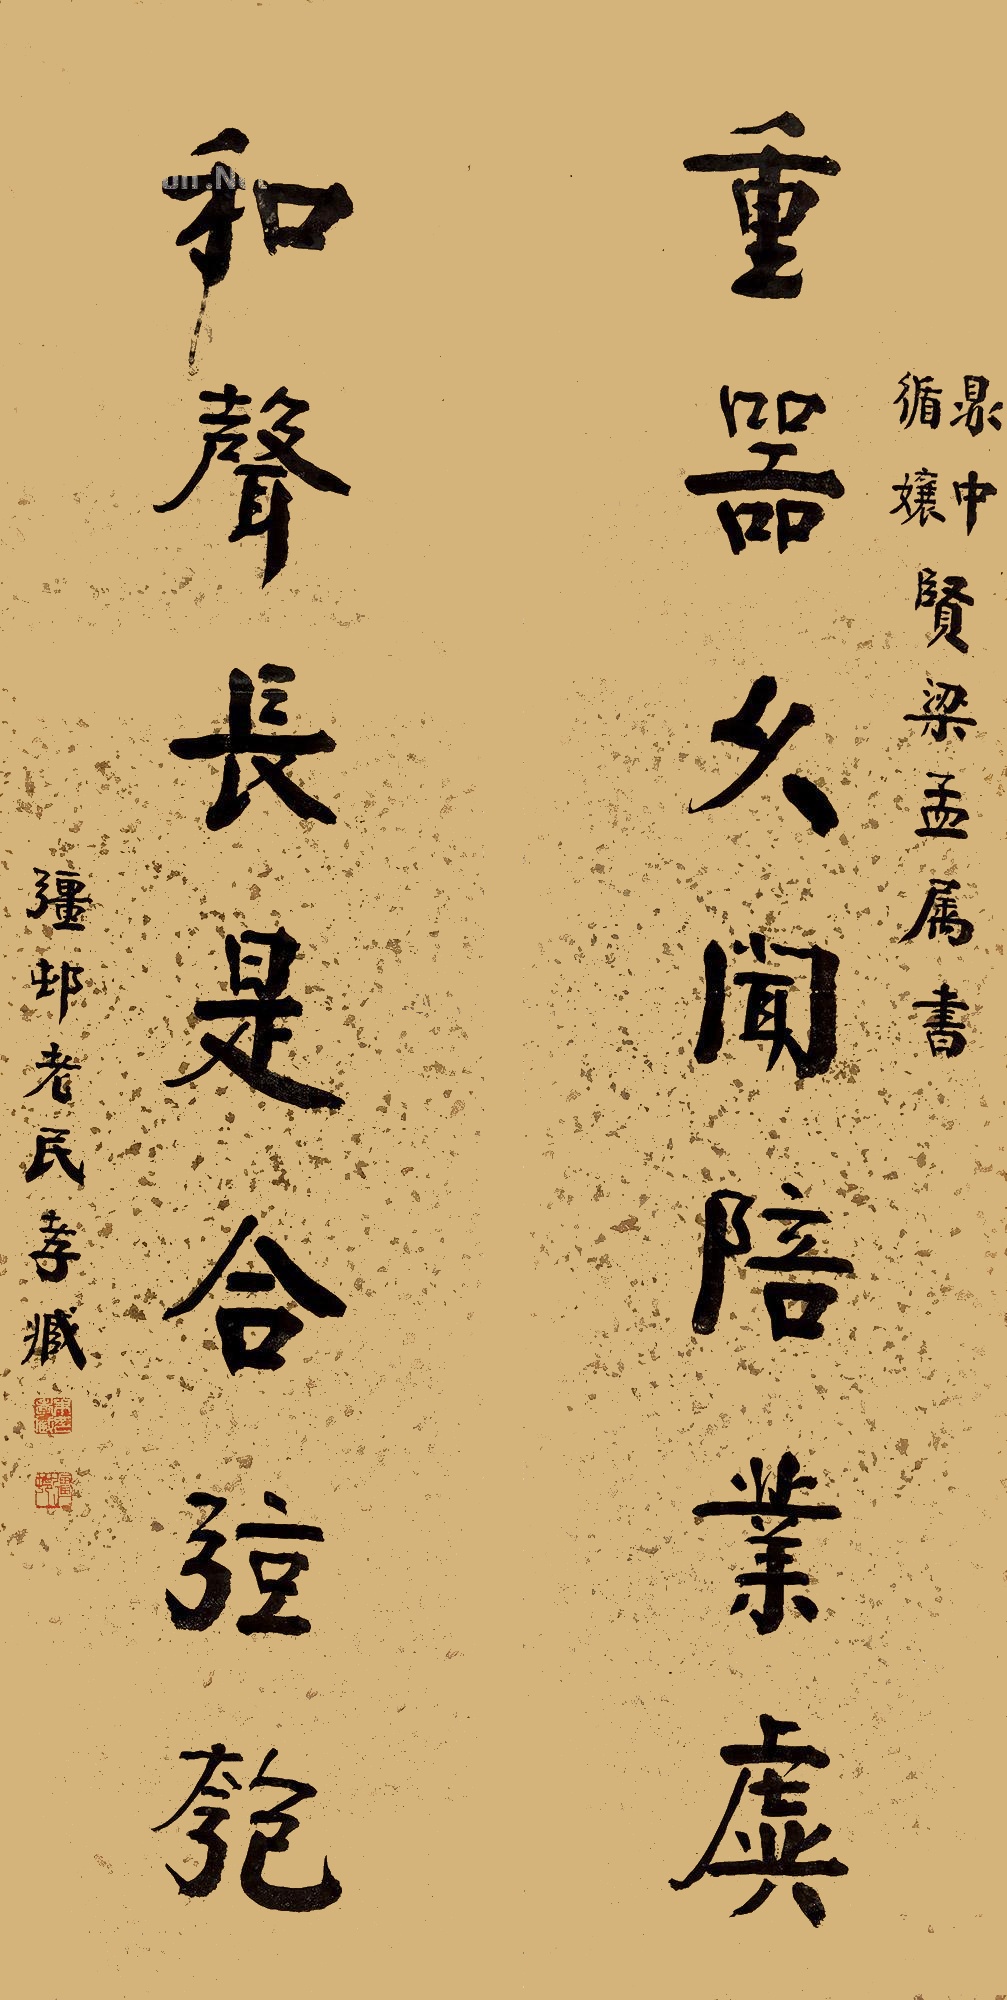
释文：重器久闻陪业虡，和声长是合弦匏。鼎中、循娘贤梁孟属书，彊邨老民孝臧。朱孝臧印、彊邨